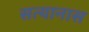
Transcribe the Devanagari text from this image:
सत्यानास